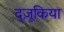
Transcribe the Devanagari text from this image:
द्ज़ूकिया